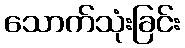
သောက်သုံးခြင်း